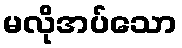
မလိုအပ်သော